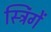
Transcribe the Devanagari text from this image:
स्ट्रिंगें